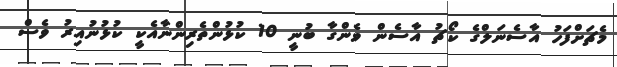
މެޗަށްފަހު އާސެނަލްގެ ކޯޗު އާސެން ވެންގާ ބުނީ 10 ކުޅުންތެރިންނާއެކީ ކުޅުނުއިރު ވެސް